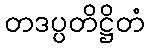
တဒပ္ပတိဋ္ဌိတံ